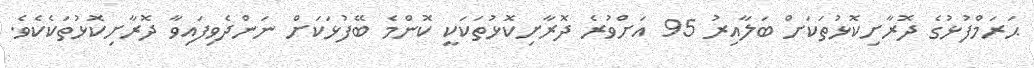
ޙަރަމްފުޅުގެ ދޮރާށިކޮޅުތަކަށް ބަލާއިރު 95 އަށްވުރެ ދޮރާށިކޮޅުތަކަކީ ކޮންމެ ބޭފުޅަކަށް ނަންދެވިފައިވާ ދޮރާށިކޮޅުތަކެކެވެ.